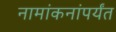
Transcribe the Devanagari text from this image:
नामांकनांपर्यंत